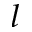
^ { l }